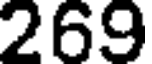
269